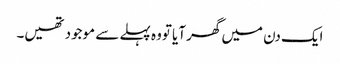
ایک دن میں گھر آیا تووہ پہلے سے موجود تھیں۔